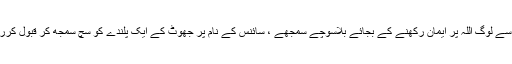
آج بہت سے لوگ اللہ پر ایمان رکھنے کے بجائے بلاسوچے سمجھے ، سائنس کے نام پر جھوٹ کے ایک پلندے کو سچ سمجھ کر قبول کررہے ہیں۔